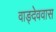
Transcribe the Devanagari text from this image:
वाङ्देववास